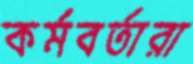
কর্মবর্তারা